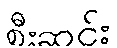
စီးဆင်း